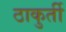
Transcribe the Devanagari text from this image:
ठाकुर्ती